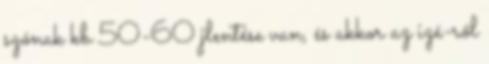
szónak kb 50-60 jlentése van, és akkor az izé-ről